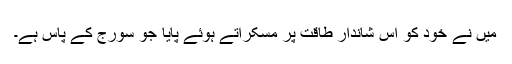
میں نے خود کو اس شاندار طاقت پر مسکراتے ہوئے پایا جو سورج کے پاس ہے۔